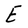
Character: E